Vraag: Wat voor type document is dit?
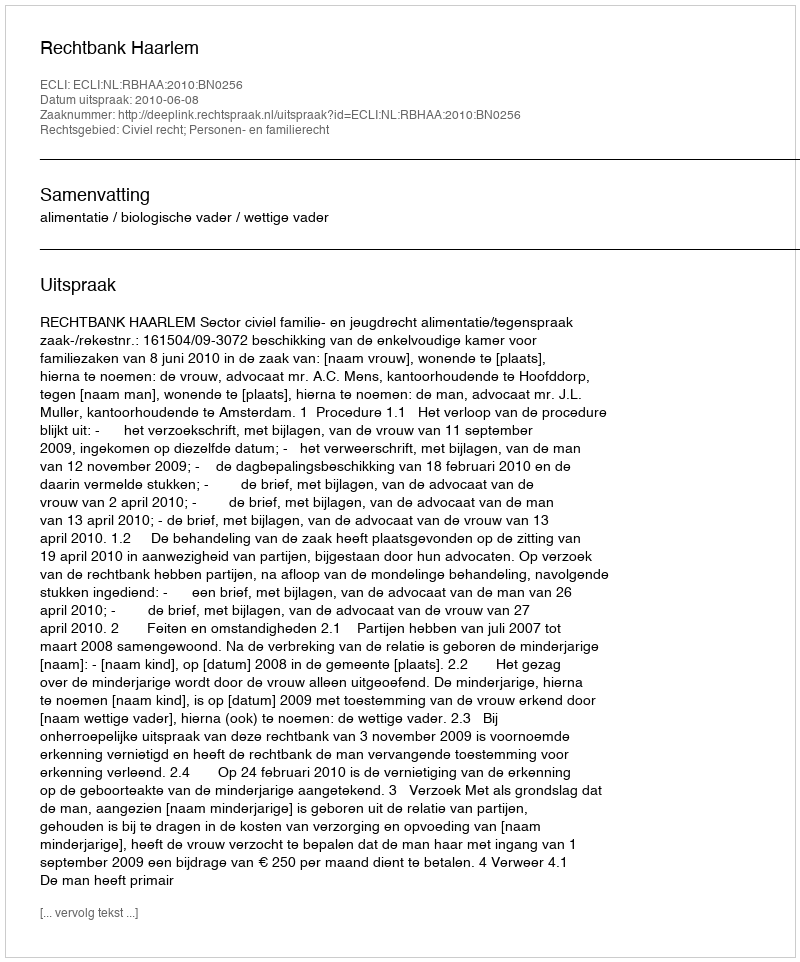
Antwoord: Uitspraak